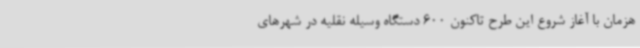
هزمان با آغاز شروع این طرح تاکنون 600 دستگاه وسیله نقلیه در شهرهای